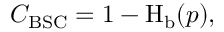
\ C _ { \mathrm { B S C } } = 1 - \operatorname { H } _ { \mathrm { b } } ( p ) ,